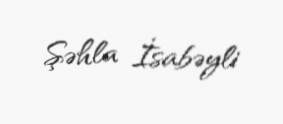
Şəhla İsabəyli